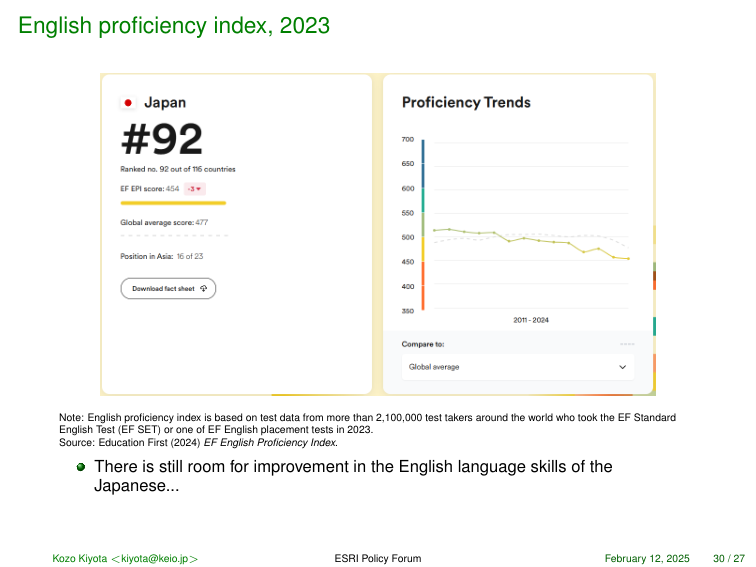
English proficiency index, 2023

Japan
#92
Ranked no. 92 out of 116 countries
EF EPI score: 454  ↓3
Global average score: 477
Position in Asia: 16 of 23
Download fact sheet

Proficiency Trends
700
690
680
670
660
650
640
630
620
610
600
590
580
570
560
550
540
530
520
510
500
490
480
470
460
450
440
430
420
410
400
390
380
370
360
350
340
330
320
310
300
2011 - 2024
Compare to:
Global average

Note: English proficiency index is based on test data from more than 2,100,000 test takers around the world who took the EF Standard English Test (EF SET) or one of EF English placement tests in 2023.
Source: Education First (2024) EF English Proficiency Index.

• There is still room for improvement in the English language skills of the Japanese...

Kozo Kiyota <kiyota@keio.jp>     ESRI Policy Forum     February 12, 2025     30 / 27